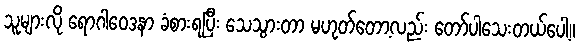
သူများလို ရောဂါဝေဒနာ ခံစားရပြီး သေသွားတာ မဟုတ်တော့လည်း တော်ပါသေးတယ်ပေါ့။